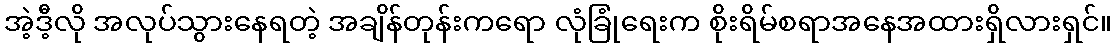
အဲ့ဒီ့လို အလုပ်သွားနေရတဲ့ အချိန်တုန်းကရော လုံခြုံရေးက စိုးရိမ်စရာအနေအထားရှိလားရှင်။